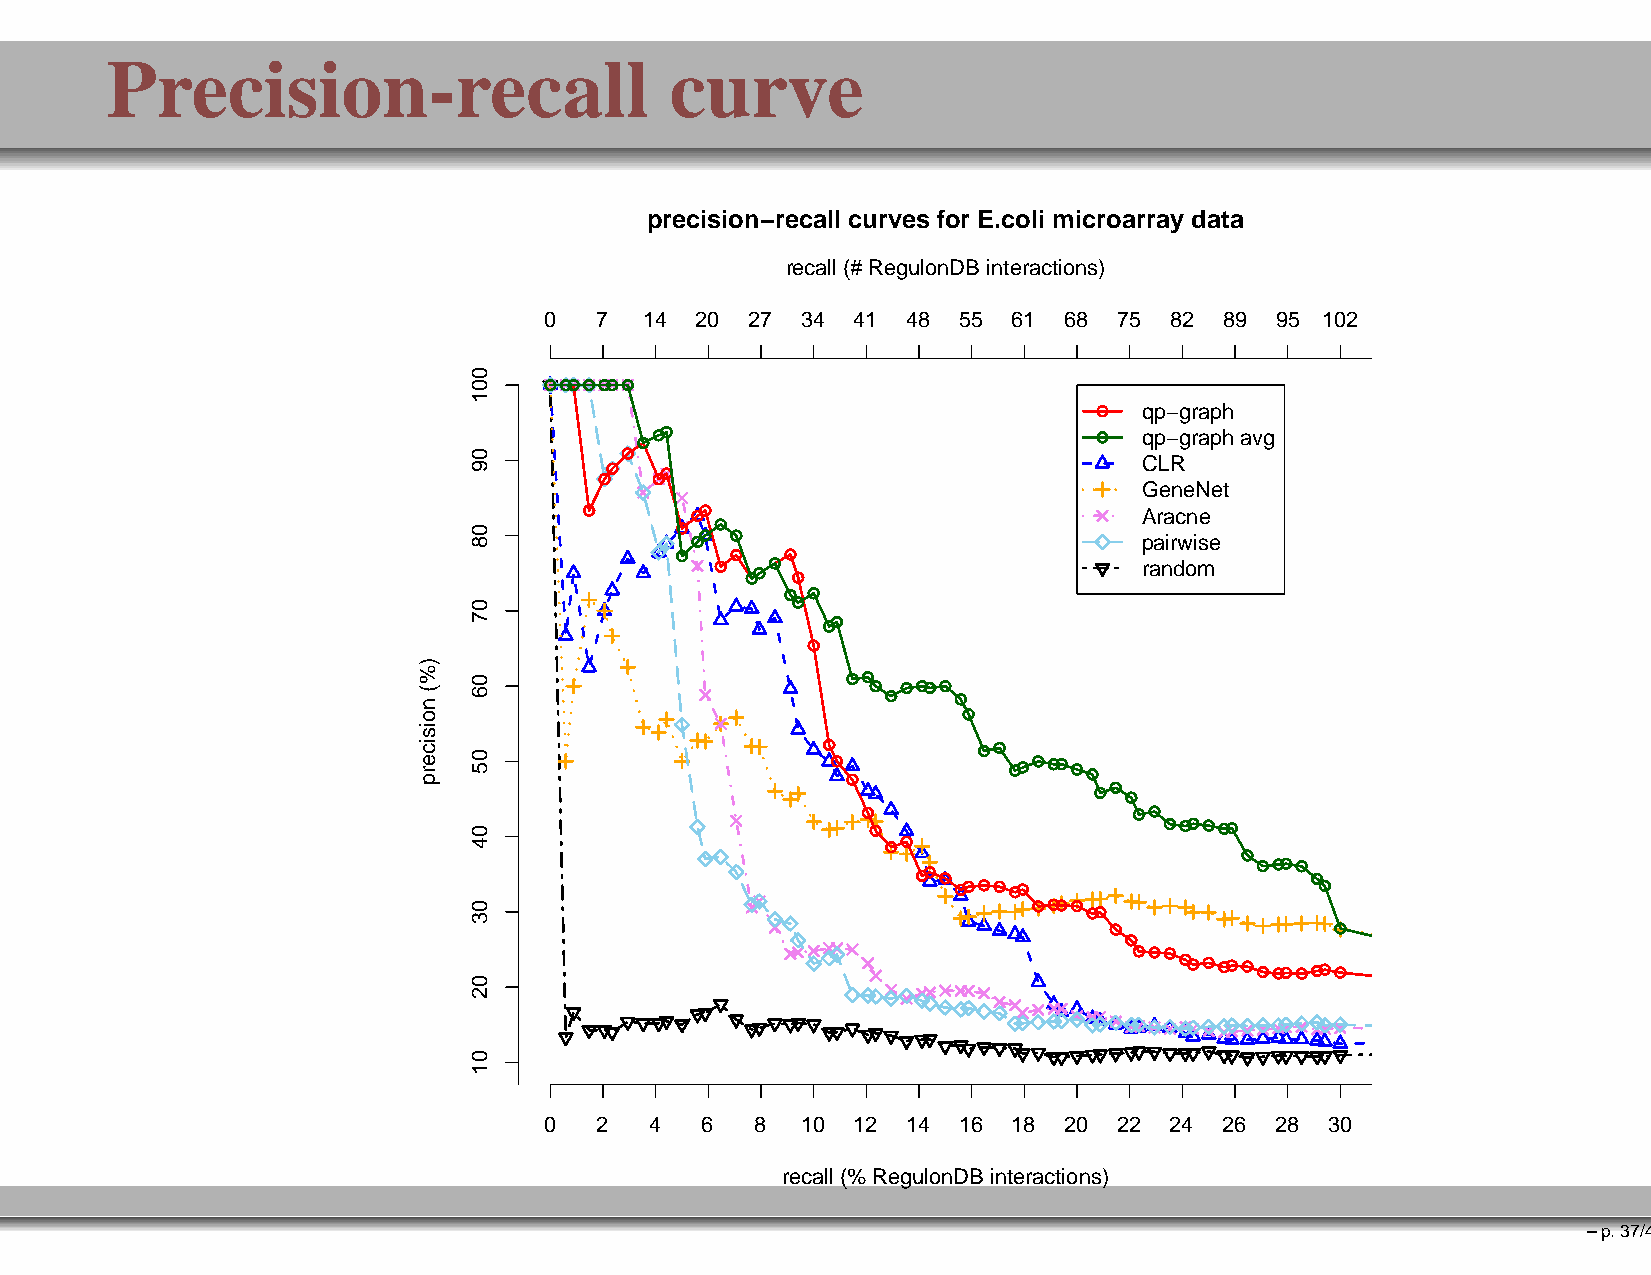
Precision-recall                     curve
 precision−recall curves for E.coli microarray data
 recall (# RegulonDB interactions)
 0  7   14 20  27 34  41 48 55  61 68  75 82  89 95 102
 qp−graph
 qp−graph avg
 CLR
 GeneNet
 Aracne
 pairwise
 random
 0  2   4  6   8  10  12 14 16  18 20  22 24  26 28  30
 recall (% RegulonDB interactions)
 –p.37/41
 )%(
 noisicerp
 001
 09
 08
 07
 06
 05
 04
 03
 02
 01